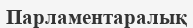
Парламентаралық